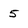
Character: 5